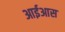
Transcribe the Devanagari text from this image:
आईआस